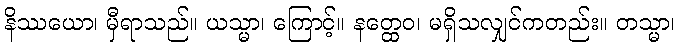
နိဿယော၊ မှီရာသည်။ ယသ္မာ၊ ကြောင့်။ နတ္ထေဝ၊ မရှိသလျှင်ကတည်း။ တသ္မာ၊